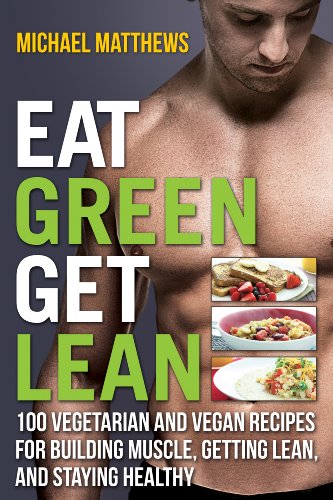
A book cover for Eat Green Get Lean: 100 Vegetarian and Vegan Recipes for Building Muscle, Getting Lean and Staying Healthy; Michael Matthews; Cookbooks, Food & Wine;